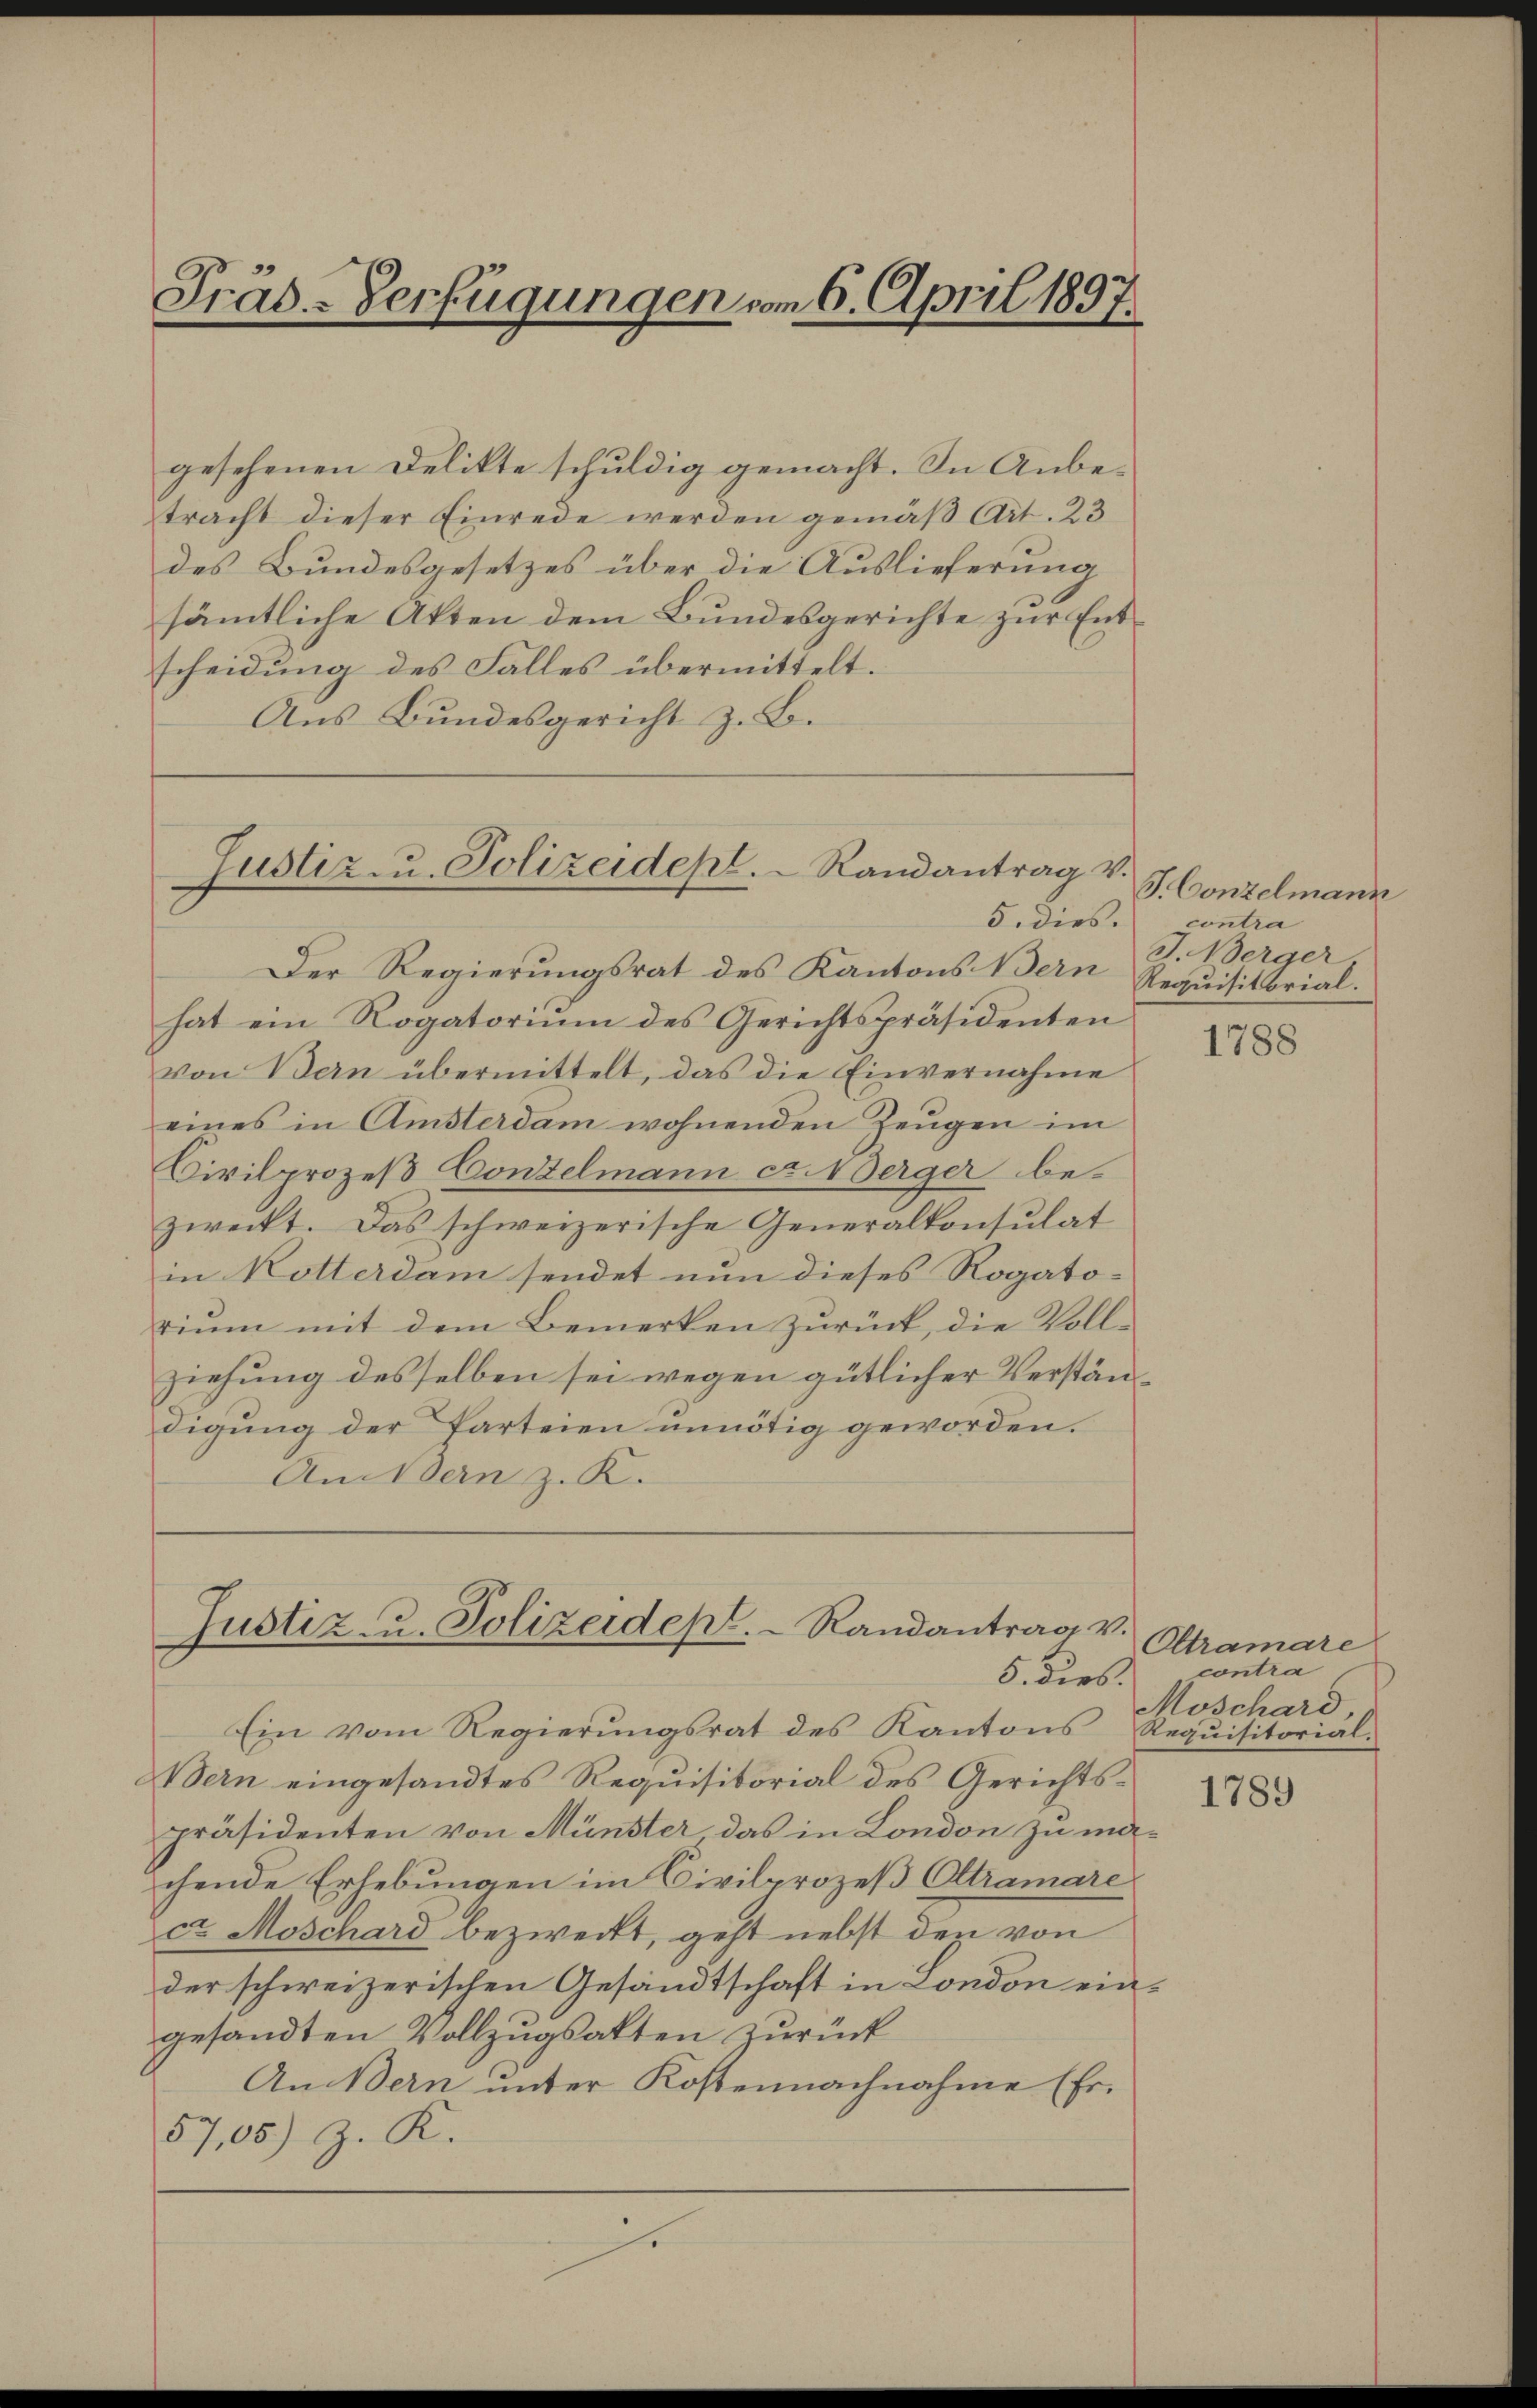
Präs.-Verfügungen vom 6. April 1897.

gesehenen Delikte schuldig gemacht. In Anbetracht dieser Einrede werden gemäß Art. 23
des Bundesgesetzes über die Auslieferung
sämtliche Akten dem Bundesgerichte zur Entscheidung des Falles übermittelt.
Aus Bundesgericht z. B.

Justiz u. Polizeidepl. Randantrag v.
5. dies.

Justiz- u. Polizeidept. Randantrag v.
5. dies.

Der Regierŭngsrat des Kantons Bern Requisitorial-
hat ein Rogatorium des Gerichtspräsidenten
von Bern übermittelt, das die Einvernahme
eines in Amsterdam wohnenden Zeugen im
Civilprozeß Conzelmann et. Verger bezweckt. Das schweizerische Generalkonsulat
in Rotterdam sendet nun dieses Rogato-
rium mit dem Bemerken zurück, die Voll-
ziehung desselben sei wegen gütlicher Verständigung der Parteien unnötig geworden.
Andern z. K.

T. Conzelmann
contra
J. Werger.

Ein vom Regierungsrat des Kantons
Bern eingesandtes Requisitorial des Gerichtspräsidenten von Münster, das in London zu machende Erhebungen im Civilprozeß Oltramare
ca Moschard bezweckt, geht nebst den von
der schweizerischen Gesandtschaft in London eingesandten Vollzugsakten zurück
An Bern unter Kostennachnahme (Er.
57,05) Z. K.
f

1788

Oltramare
contra
Moschard,
Requisitorial.

1789